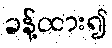
ခန့်ထား၍